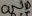
Text: GND